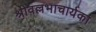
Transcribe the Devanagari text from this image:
श्रीवल्लभाचार्यका